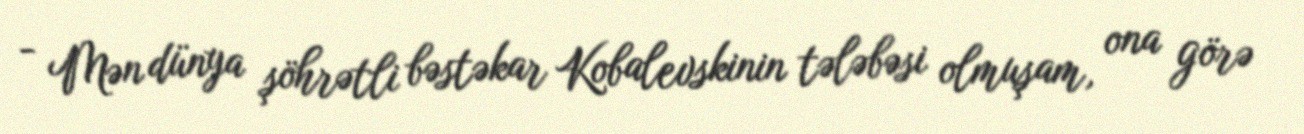
- Mən dünya şöhrətli bəstəkar Kobalevskinin tələbəsi olmuşam, ona görə